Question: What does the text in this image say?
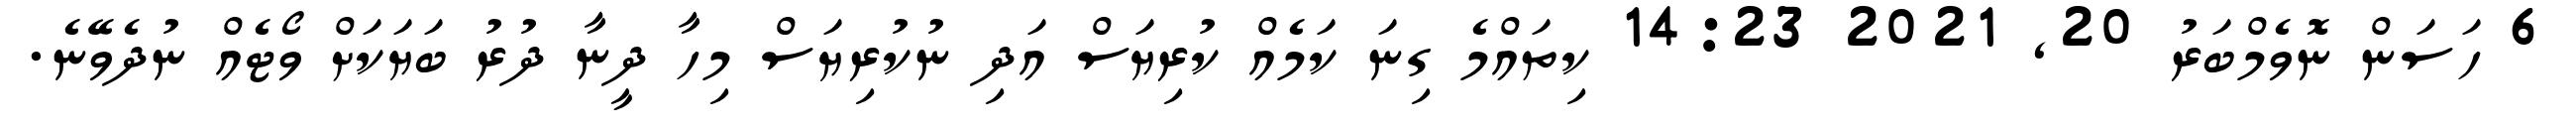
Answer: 6 ހަސަން ނޮވެމްބަރު 20, 2021 14:23 ކިތައްމެ ގިނަ ކަމެއް ކުރިޔަސް އަދި ނުކުރިޔަސް މިހާ ދީނާ ދުރު ބަޔަކަށް ވޯޓެއް ނުދެވޭނެ.